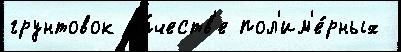
грунтовок ка́честв'е пол'им'е́рных